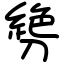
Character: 㔃